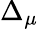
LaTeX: \Delta_{\mu}